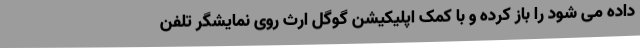
داده می شود را باز کرده و با کمک اپلیکیشن گوگل ارث روی نمایشگر تلفن